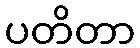
ပတိတာ